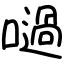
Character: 㗻